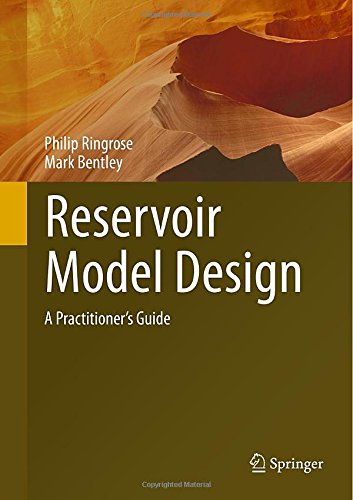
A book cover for Reservoir Model Design: A Practitioner's Guide; Philip Ringrose; Science & Math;